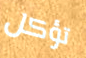
تؤكل